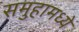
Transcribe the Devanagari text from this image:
समुहामध्ये